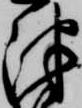
津